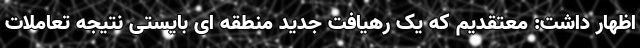
اظهار داشت: معتقدیم که یک رهیافت جدید منطقه ای بایستی نتیجه تعاملات